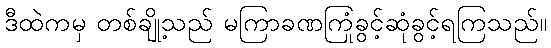
ဒီထဲကမှ တစ်ချို့သည် မကြာခဏကြုံခွင့်ဆုံခွင့်ရကြသည်။